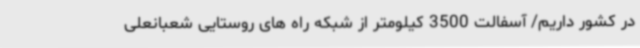
در کشور داریم/ آسفالت 3500 کیلومتر از شبکه راه های روستایی شعبانعلی